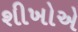
શીખોએ